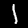
Digit: 1